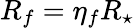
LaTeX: R_{f}=\eta_{f}R_{\star}